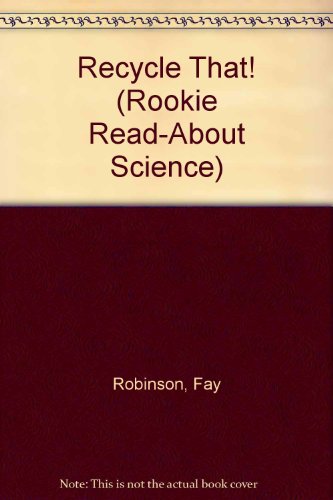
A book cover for Recycle That! (Rookie Read-About Science); Fay Robinson; Science & Math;